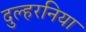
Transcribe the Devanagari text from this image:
दुल्हरनिया